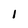
Character: i